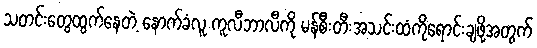
သတင်းတွေထွက်နေတဲ့ နောက်ခံလူ ကူလီဘာလီကို မန်စီးတီးအသင်းထံကိုရောင်းချဖို့အတွက်